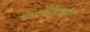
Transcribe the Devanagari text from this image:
नाइट्रोसेलूलोस